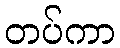
တပ်ကာ